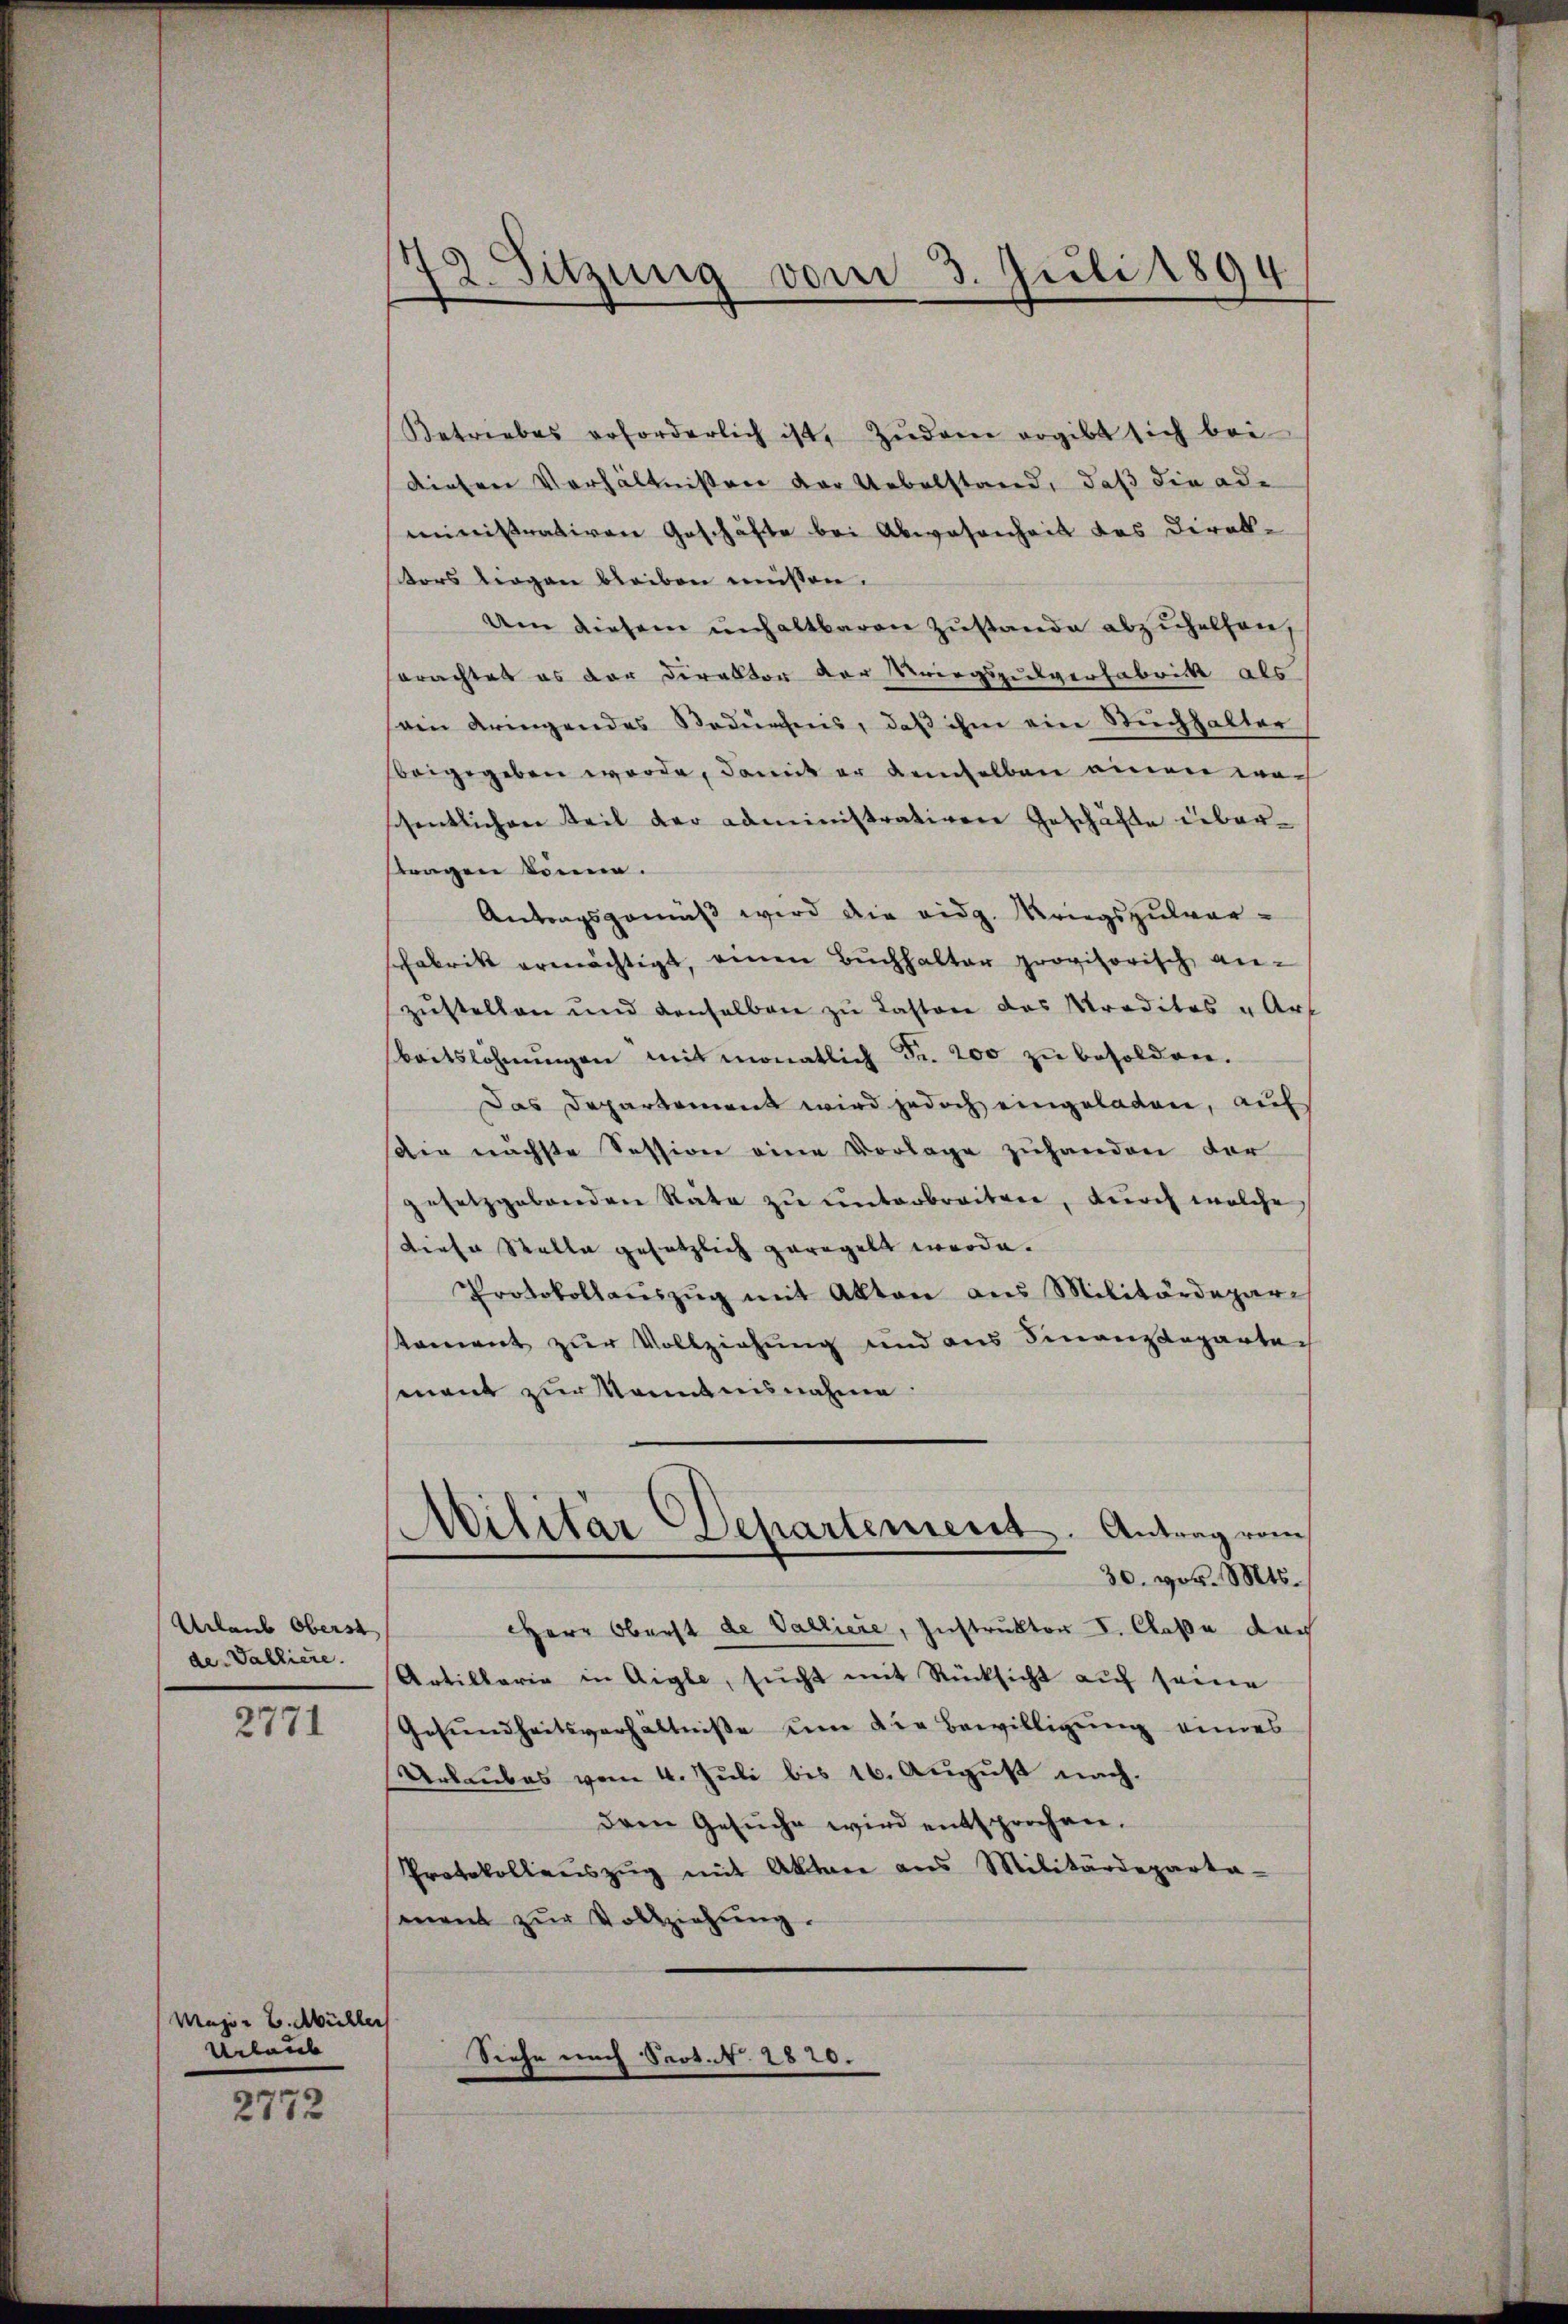
Urlaub Oberst
der Valliere.

2771

Major H. Müller
Urlaub
2772

)
2. Sitzung vom 3. Juli 1894

Betriebes erforderlich ist, Zudem ergibt sich bei
diesen Verhältnissen der Uebelstand, daß die ode
ministrativen Geschäfte bei Abwesenheit des Direktors liegen bleiben müssen.
Um diesem unhaltbaren Zustande abzuhelfen,
erachtet es der Direktor der Kriegszulverfabrick als
ein dringendes Bedürfnis, daß ihm ein Stuchhalter
beigegeben werde, damit er demselben einen woch
schentlichen Teil der administrativen Geschäfte über-
lengen könne.
Antragsgemäß wird die eidg. Kriegszulvor-
sfabrik ermächtigt, einen Buchhalter provisorisch, anzustellen und denselben zu Lasten das Tradites u Art
beitslöhnŭngen mit monatlich Fr. 200 zŭ besolden.
Das Departement wird jedoch eingeladen, auf
Die nächste Session eine Vorlage zuhanden der
gesetzgebenden Räte zu unterbreiten, durch welche
diese Stelle gesetzlich geregelt werde.
Protokollaŭszŭg mit Akten aus Militärdepar
kament zur Vollziehung und aus Finanzdepartei
senant zur Kenntnisnahme
Militar Departement. Antrag vom
30. vor. Mts.
HHerr Oberst de Valliere, Instruktor I. Claße dach
Artillarie in Aigle, sŭcht mit Rücksicht auf seine
Gesundheitsverhältnisse um die Bewilligung eines
Urlaubes vom 4. Juli bis 16. August nach.
dem Gesŭche wird entsprochen.
Protokollauszug mit Aktere aus Militärdeparta-
mnent zŭr Vollziehung.
Seehe nach Sect. N. 2820.